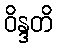
ဝိန္ဒတိ